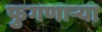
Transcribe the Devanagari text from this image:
फुगणार्‍या